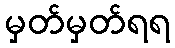
မှတ်မှတ်ရရ